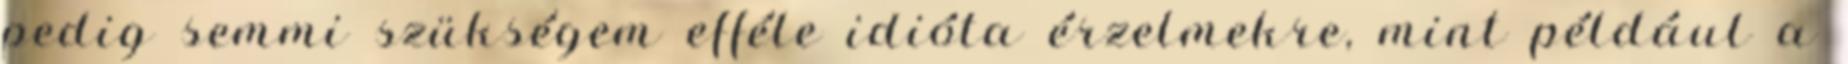
pedig semmi szükségem efféle idióta érzelmekre, mint például a